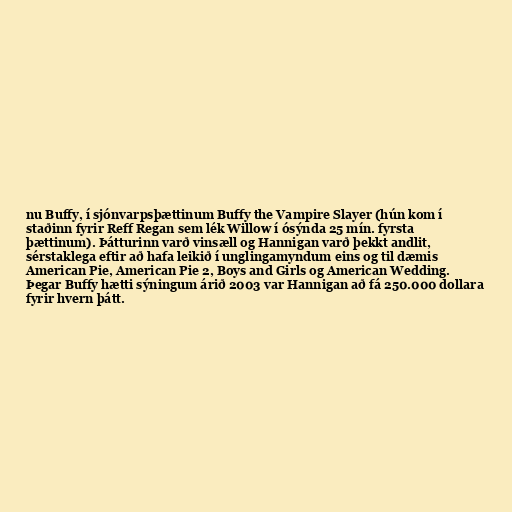
nu Buffy, í sjónvarpsþættinum Buffy the Vampire Slayer (hún kom í
staðinn fyrir Reff Regan sem lék Willow í ósýnda 25 mín. fyrsta
þættinum). Þátturinn varð vinsæll og Hannigan varð þekkt andlit,
sérstaklega eftir að hafa leikið í unglingamyndum eins og til dæmis
American Pie, American Pie 2, Boys and Girls og American Wedding.
Þegar Buffy hætti sýningum árið 2003 var Hannigan að fá 250.000 dollara
fyrir hvern þátt.